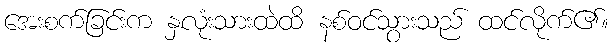
အေးစက်ခြင်းက နှလုံးသားထဲထိ နစ်ဝင်သွားသည် ထင်လိုက်၏။